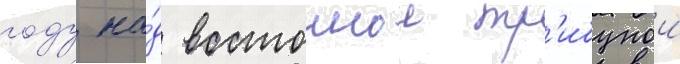
году на́д восточнои тр'ибунои